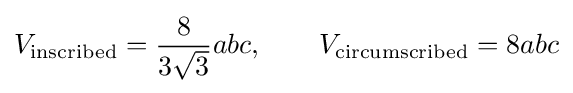
V_{\text{inscribed}}={\frac {8}{3{\sqrt {3}}}}abc,\qquad V_{\text{circumscribed}}=8abc